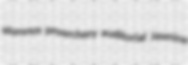
alumnus proarchery auditorial Jasmina